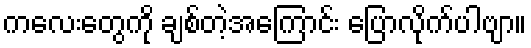
ကလေးတွေကို ချစ်တဲ့အကြောင်း ပြောလိုက်ပါဗျာ။